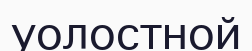
уолостной